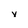
Character: y